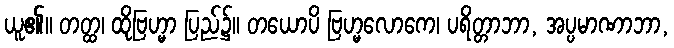
ယူ၏။ တတ္ထ၊ ထိုဗြဟ္မာ ပြည်၌။ တယောပိ ဗြဟ္မလောကေ၊ ပရိတ္တာဘာ, အပ္ပမာဏာဘာ,